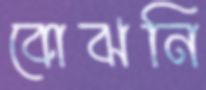
বোঝনি